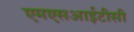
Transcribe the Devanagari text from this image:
एमएसआईटीसी